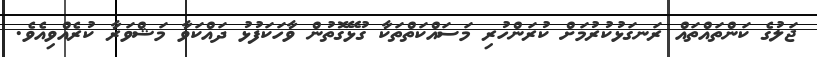
ޖަލުގެ ކަންތައްތައް ރަނގަޅުކުރުމަށް ކުރަންހުރި މަސައްކަތްތަކާ ގުޅޭގޮތުން ވާހަކަފުޅު ދައްކަވާ މަޝްވަރާ ކުރެއްވިއެވެ.